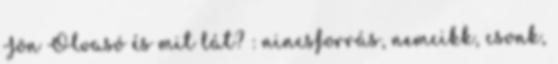
Jön Olvasó és mit lát? : nincsforrás, nemcikk, csonk,